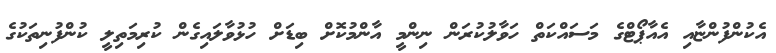
އެކުންފުންޏާއި އެއާޕޯޓްގެ މަސައްކަތް ހަވާލުކުރަން ނިންމީ އާންމުކޮށް ބިޑަށް ހުޅުވާލައިގެން ކުރިމަތިލީ ކުންފުނިތަކުގެ